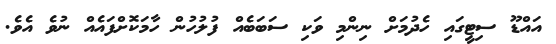
އައްޑޫ ސިޓީގައި ހެދުމަށް ނިންމި ވަކި ސަބަބެއް ފުލުހުން ހާމަކޮށްފައެއް ނުވެ އެވެ.